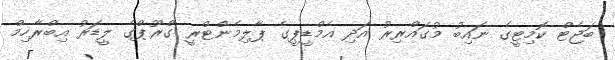
ބަޖެޓް ކޮމިޓީގެ ނައިބު މުގައްރިރު އަދި އެމްޑީޕީގެ ޕާލިމެންޓްރީ ގްރޫޕްގެ ލީޑަރު އިބްރާހިމް